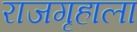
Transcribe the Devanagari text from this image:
राजगृहाला